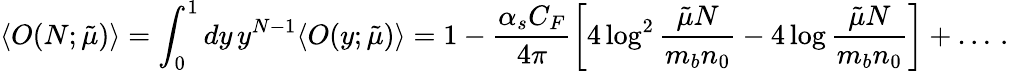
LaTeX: \langle O(N;\tilde{\mu})\rangle=\int_{0}^{1}dy\, y^{N-1}\langle O(y;\tilde{\mu})\rangle=1-\frac{\alpha_{s}C_{F}}{4\pi}\left[4\log^{2}{\frac{\tilde{\mu}N}{m_{b}n_{0}}}-4\log{\frac{\tilde{\mu}N}{m_{b}n_{0}}}\right]+\ldots\, .